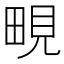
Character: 𪽔